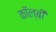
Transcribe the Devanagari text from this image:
कॉल्बी